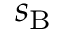
s _ { \mathrm { B } }